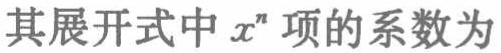
其展开式中 \(x^{n}\) 项的系数为